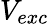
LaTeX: V_{exc}